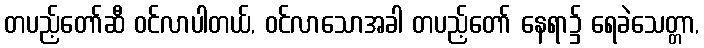
တပည့်တော်ဆီ ဝင်လာပါတယ်, ဝင်လာသောအခါ တပည့်တော် နေရာ၌ ရေခဲသေတ္တာ,